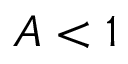
A < 1